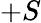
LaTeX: +S